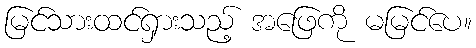
မြင်သားထင်ရှားသည့် အဖြေကို မမြင်ပေ။